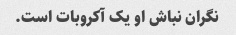
نگران نباش او یک آکروبات است.